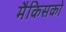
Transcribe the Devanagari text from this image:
मैकिसको